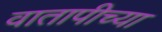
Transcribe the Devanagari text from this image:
वातापीच्या